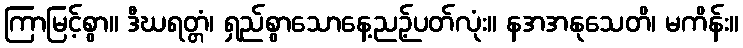
ကြာမြင့်စွာ။ ဒီဃရတ္တံ၊ ရှည်စွာသောနေ့ညဉ့်ပတ်လုံး။ နအအနုသေတိ၊ မကိန်း။